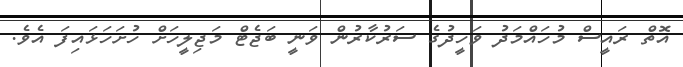
އޮތް ރައީސް މުހައްމަދު ވަހީދުގެ ސަރުކާރުން ވަނީ ބަޖެޓް މަޖިލީހަށް ހުށަހަޅައިފަ އެވެ.